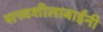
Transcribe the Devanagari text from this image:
सत्त्वशीलाबाईंनी